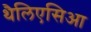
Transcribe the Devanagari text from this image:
थैलिएसिआ